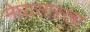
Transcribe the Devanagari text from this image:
मेघासारखा